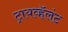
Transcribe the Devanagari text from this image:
ट्रायव्हॅलंट